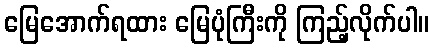
မြေအောက်ရထား မြေပုံကြီးကို ကြည့်လိုက်ပါ။